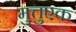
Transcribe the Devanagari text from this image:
मुत्तुएक